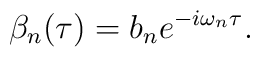
\beta_{n}(\tau) = b_n e^{-i \omega_n \tau}.